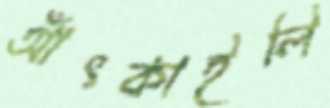
আঁৎকাইলি